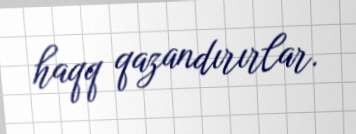
haqq qazandırırlar.